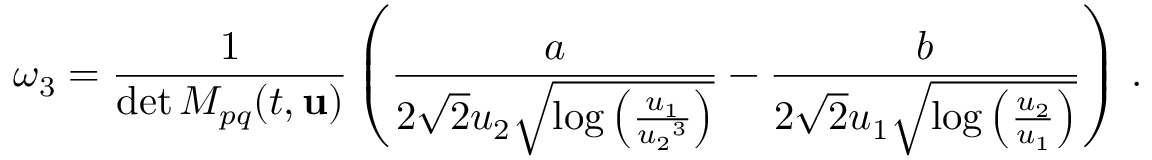
\omega _ { 3 } = \frac { 1 } { \operatorname* { d e t } M _ { p q } ( t , { \mathbf { u } } ) } \left( \frac { a } { 2 \sqrt { 2 } { u _ { 2 } } \sqrt { \log \left( \frac { { u _ { 1 } } } { { u _ { 2 } } ^ { 3 } } \right) } } - \frac { b } { 2 \sqrt { 2 } { u _ { 1 } } \sqrt { \log \left( \frac { { u _ { 2 } } } { { u _ { 1 } } } \right) } } \right) \, .